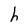
Character: h